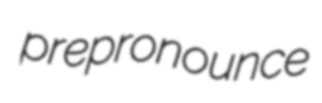
prepronounce